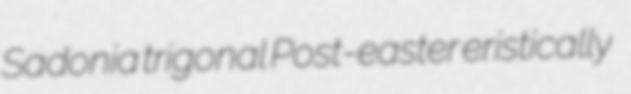
Sadonia trigonal Post-easter eristically